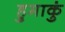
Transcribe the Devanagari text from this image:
हुमाकुं